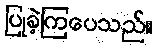
ပြုခဲ့ကြပေသည်။